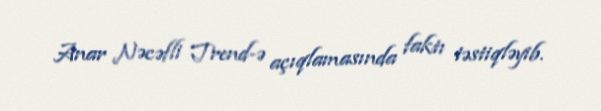
Anar Nəcəfli Trend-ə açıqlamasında faktı təstiqləyib.